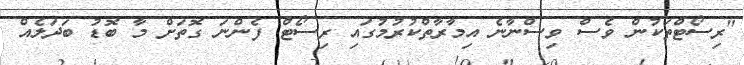
"ރިސޯޓްތަކުން ވެސް ވިސްނާނެ އިމާރާތްކުރުމުގައި ރިސޯޓް ފެންނަ ގޮތަށް މާ ބޮޑު ބަދަލެއް